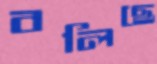
বলিছে